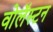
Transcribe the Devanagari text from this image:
वोलॅस्टन